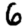
Digit: 6